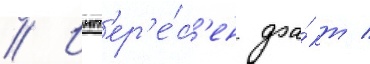
// Инт'ер'е́с'ен фа́кт /